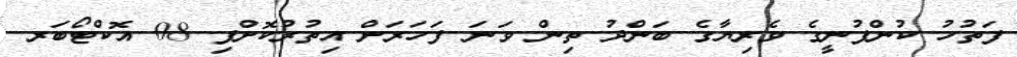
ފަތުހު ކުންފުނީގެ ވެރިޔާގެ ބަންދު ތިން ވަނަ ފަހަރަށް އިތުރުކޮށްފި 08 އޮކްޓޯބަރ